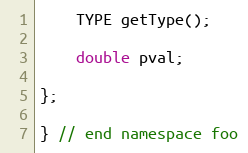
Language: C
	TYPE getType();

	double pval;

};

} // end namespace foo